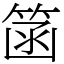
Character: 䈄